Report of the veterinary officer investigating camel disease
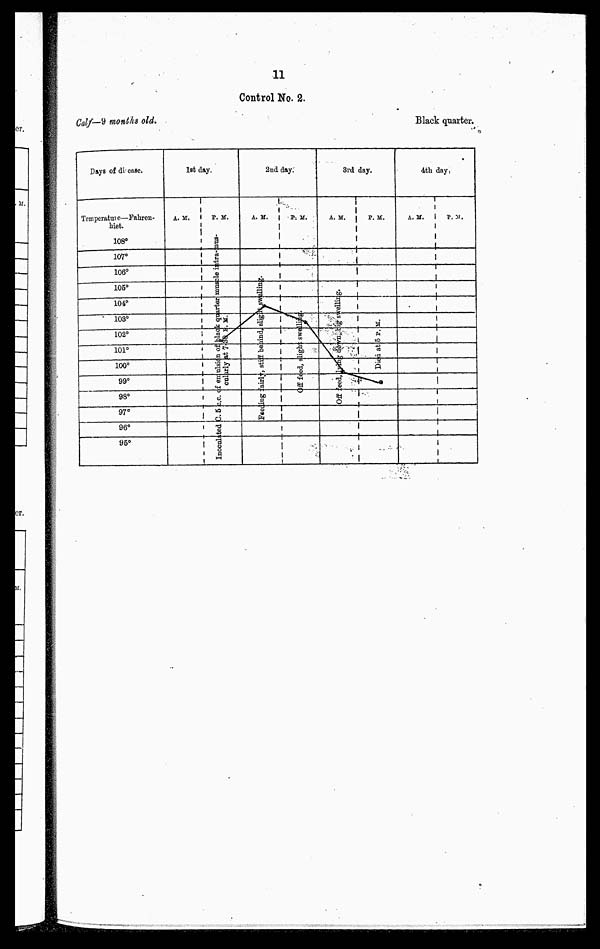
11
Control No. 2.
Calf—9 months old.
Black quarter.